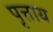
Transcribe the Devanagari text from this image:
पृत्ताय